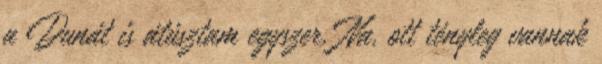
a Dunát is átúsztam egyszer. Na, ott tényleg vannak